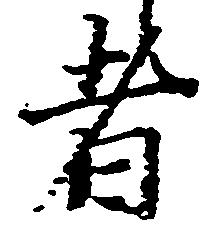
者